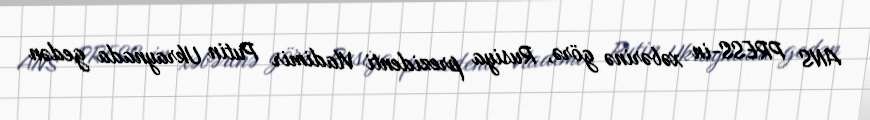
ANS PRESS-in xəbərinə görə, Rusiya prezidenti Vladimir Putin Ukraynada gedən